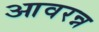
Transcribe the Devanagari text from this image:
आवरन्न